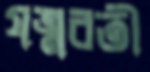
যত্নবতী